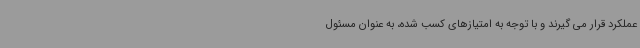
عملکرد قرار می گیرند و با توجه به امتیازهای کسب شده، به عنوان مسئول